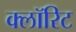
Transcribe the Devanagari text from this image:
क्लॉरिट